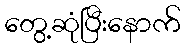
တွေ့ဆုံပြီးနောက်